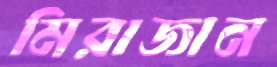
মিরাজান